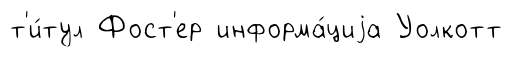
т'и́тул Фост'ер информа́циjа Уолкотт